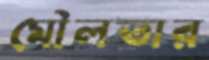
মৌলতার